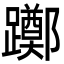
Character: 躑